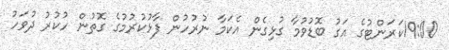
19:00ކަރަންޓުގެ އަގު ބޮޑުވުމާ ގުޅިގެން އެކަމާ ނުރުހުން ފާޅުކުރުމުގެ ގޮތުން ހުކުރު ދުވަހު